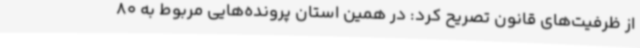
از ظرفیت‌های قانون تصریح کرد: در همین استان پرونده‌هایی مربوط به 80